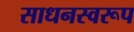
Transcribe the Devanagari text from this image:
साधनस्वरूप